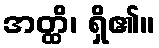
အတ္ထိ၊ ရှိ၏။